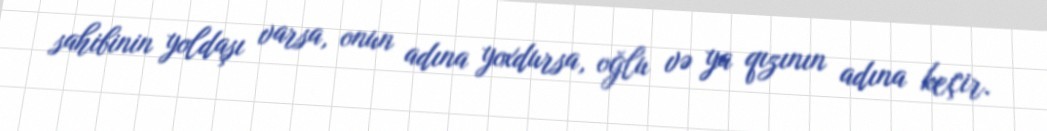
sahibinin yoldaşı varsa, onun adına yoxdursa, oğlu və ya qızının adına keçir.